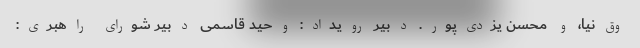
وق‌نیا، و محسن یزدی‌پور. دبیر رویداد: وحید قاسمی دبیر شورای راهبری: